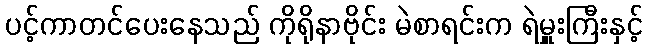
ပင့်ကာတင်ပေးနေသည် ကိုရိုနာဗိုင်း မဲစာရင်းက ရဲမှူးကြီးနှင့်